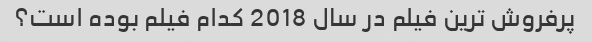
پرفروش ترین فیلم در سال 2018 کدام فیلم بوده است؟